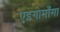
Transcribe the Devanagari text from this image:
एइगोमाँगा